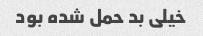
خیلی بد حمل شده بود